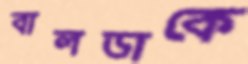
বালডাকে